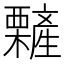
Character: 𣠁